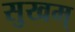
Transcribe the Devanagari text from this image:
सुखम्